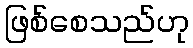
ဖြစ်စေသည်ဟု